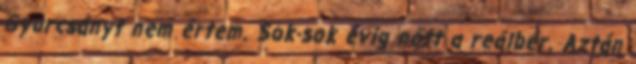
Gyurcsányt nem értem. Sok-sok évig nőtt a reálbér. Aztán